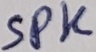
Text: SPK